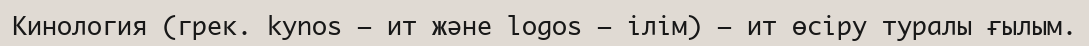
Кинология (грек. kynos – ит және logos – ілім) – ит өсіру туралы ғылым.